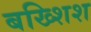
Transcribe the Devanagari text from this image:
बख्शिश